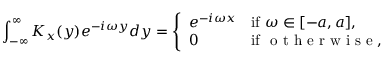
\int _ { - \infty } ^ { \infty } K _ { x } ( y ) e ^ { - i \omega y } d y = { \left\{ \begin{array} { l l } { e ^ { - i \omega x } } & { { \mathrm { i f ~ } } \omega \in [ - a , a ] , } \\ { 0 } & { { \mathrm { i f ~ } } { \textrm { o t h e r w i s e } } , } \end{array} \right. }